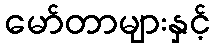
မော်တာများနှင့်